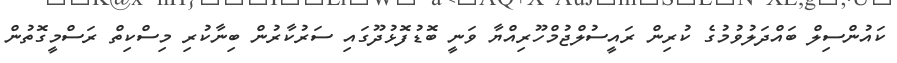
ކައުންސިލް ބައްދަލުވުމުގެ ކުރިން ރައީސުލްޖުމްހޫރިއްޔާ ވަނީ ބޮޑުފޮޅުދޫގައި ސަރުކާރުން ބިނާކުރި މިސްކިތް ރަސްމީގޮތުން